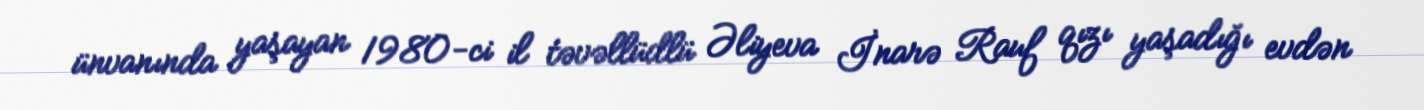
ünvanında yaşayan 1980-ci il təvəllüdlü Əliyeva İnarə Rauf qızı yaşadığı evdən